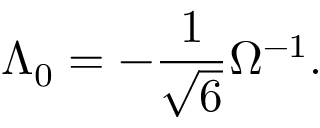
\Lambda _ { 0 } = - \frac { 1 } { \sqrt { 6 } } \Omega ^ { - 1 } .